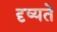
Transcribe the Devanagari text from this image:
दृष्यते